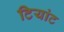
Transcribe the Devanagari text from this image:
टियांट